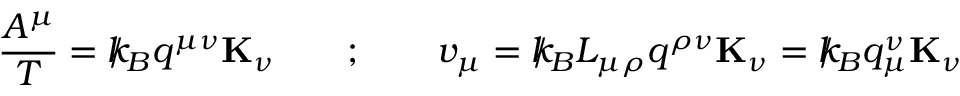
\frac { A ^ { \mu } } { T } = { \slash \! \! \! k } _ { \! { B } } q ^ { \mu \nu } { \bf K } _ { \nu } \qquad ; \qquad v _ { \mu } = { \slash \! \! \! k } _ { \! { B } } L _ { \mu \rho } q ^ { \rho \nu } { \bf K } _ { \nu } = { \slash \! \! \! k } _ { \! { B } } q _ { \mu } ^ { \nu } { \bf K } _ { \nu }